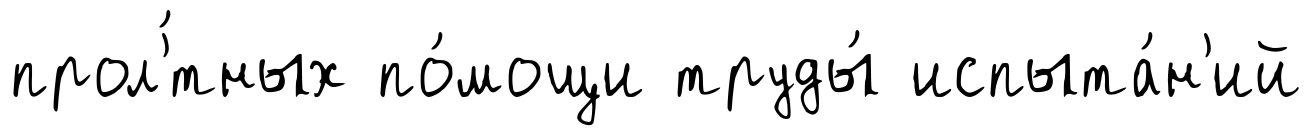
прол'́тных по́мощи труды́ испыта́н'ий